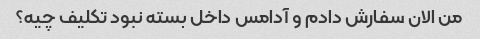
من‌ الان سفارش دادم و آدامس داخل بسته نبود تکلیف چیه؟